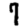
Digit: 7